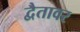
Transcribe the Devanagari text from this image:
द्वैतावर